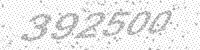
Solution: 392500